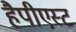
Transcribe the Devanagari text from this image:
हैपीएस्ट